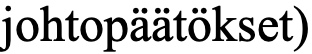
johtopäätökset)